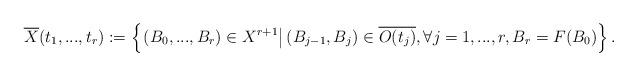
LaTeX: \begin{align*} \overline{X}(t_{1},...,t_{r}):=\left\{\left.(B_0,...,B_r)\in X^{r+1}\right|(B_{j-1},B_j)\in \overline{O(t_{j})}, \forall j=1,...,r, B_r=F(B_0)\right\}. \end{align*}